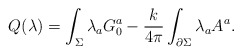
\begin{align*}Q(\lambda) = \int_{\Sigma} \lambda_a G_0^a - {k \over 4\pi}\int_{\partial \Sigma}\lambda_a A^a.\end{align*}